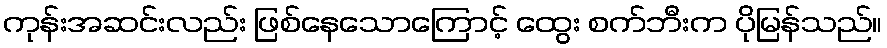
ကုန်းအဆင်းလည်း ဖြစ်နေသောကြောင့် ထွေး စက်ဘီးက ပိုမြန်သည်။